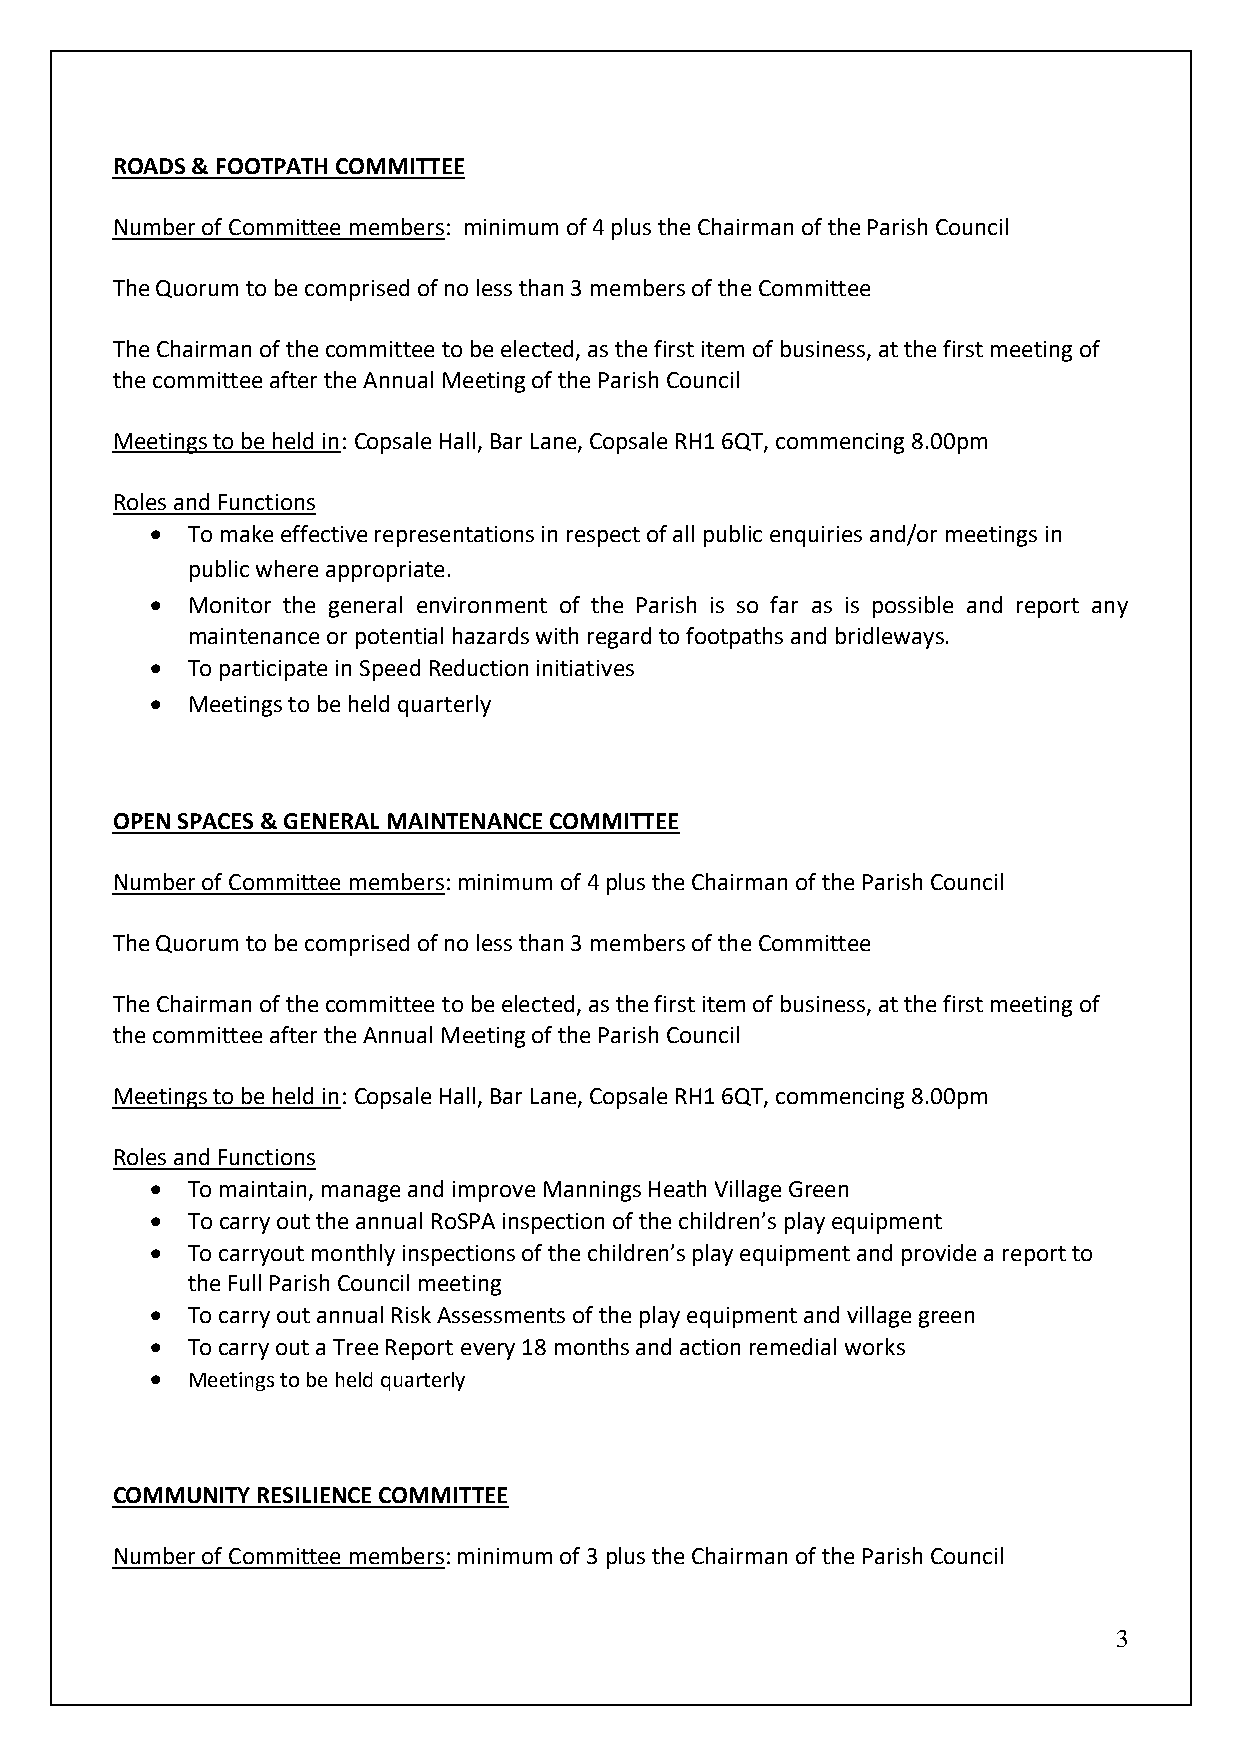
ROADS & FOOTPATH COMMITTEE
 Number of Committee members: minimum of 4 plus the Chairman of the Parish Council
 The Quorum to be comprised of no less than 3 members of the Committee
 The Chairman of the committee to be elected, as the first item of business, at the first meeting of
 the committee after the Annual Meeting of the Parish Council
 Meetings to be held in: Copsale Hall, Bar Lane, Copsale RH1 6QT, commencing 8.00pm
 Roles and Functions
 • To make effective representations in respect of all public enquiries and/or meetings in
 public where appropriate.
 • Monitor the general environment of the Parish is so far as is possible and report any
 maintenance or potential hazards with regard to footpaths and bridleways.
 • To participate in Speed Reduction initiatives
 • Meetings to be held quarterly
 OPEN SPACES & GENERAL MAINTENANCE COMMITTEE
 Number of Committee members: minimum of 4 plus the Chairman of the Parish Council
 The Quorum to be comprised of no less than 3 members of the Committee
 The Chairman of the committee to be elected, as the first item of business, at the first meeting of
 the committee after the Annual Meeting of the Parish Council
 Meetings to be held in: Copsale Hall, Bar Lane, Copsale RH1 6QT, commencing 8.00pm
 Roles and Functions
 • To maintain, manage and improve Mannings Heath Village Green
 • To carry out the annual RoSPA inspection of the children’s play equipment
 • To carryout monthly inspections of the children’s play equipment and provide a report to
 the Full Parish Council meeting
 • To carry out annual Risk Assessments of the play equipment and village green
 • To carry out a Tree Report every 18 months and action remedial works
 • Meetings to be held quarterly
 COMMUNITY RESILIENCE COMMITTEE
 Number of Committee members: minimum of 3 plus the Chairman of the Parish Council
 3